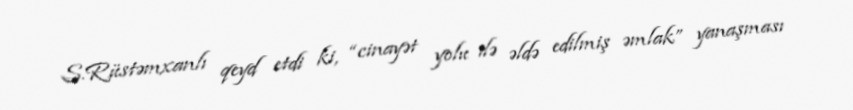
S.Rüstəmxanlı qeyd etdi ki, “cinayət yolu ilə əldə edilmiş əmlak” yanaşması